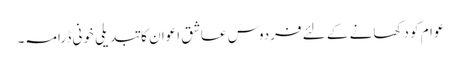
عوام کو دکھانے کے لئے فردوس عاشق اعوان کا تبدیلی خونی ڈرامہ۔